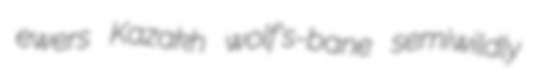
ewers Kazakh wolf's-bane semiwildly